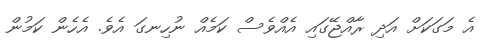
އެ މަގަކަށް އަދި ރާއްޖޭގައި އެއްވެސް ކަމެއް ނުހިނގަ އެވެ. އެހެން ކަމުން